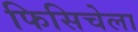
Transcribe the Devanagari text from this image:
फिसिचेला